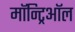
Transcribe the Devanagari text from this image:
मॉन्ट्रिऑल